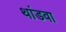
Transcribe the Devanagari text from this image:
थांडवा